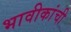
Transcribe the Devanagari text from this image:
भावीकांची